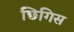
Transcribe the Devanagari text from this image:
छिगिस